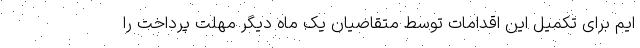
ایم برای تکمیل این اقدامات توسط متقاضیان یک ماه دیگر مهلت پرداخت را